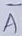
Text: A